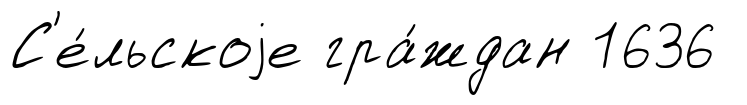
С'е́льскоjе гра́ждан 1636